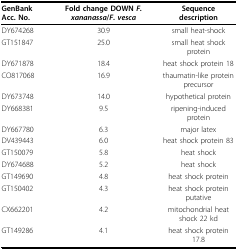
<table><thead><tr><td><b>GenBank Acc. No.</b></td><td><b>Fold change DOWN <i>F. xananassa</i>/<i>F. vesca</i></b></td><td><b>Sequence description</b></td></tr></thead><tbody><tr><td>DY674268</td><td>30.9</td><td>small heat-shock</td></tr><tr><td>GT151847</td><td>25.0</td><td>small heat shock protein</td></tr><tr><td>DY671878</td><td>18.4</td><td>heat shock protein 18</td></tr><tr><td>CO817068</td><td>16.9</td><td>thaumatin-like protein precursor</td></tr><tr><td>DY673748</td><td>14.0</td><td>hypothetical protein</td></tr><tr><td>DY668381</td><td>9.5</td><td>ripening-induced protein</td></tr><tr><td>DY667780</td><td>6.3</td><td>major latex</td></tr><tr><td>DV439443</td><td>6.0</td><td>heat shock protein 83</td></tr><tr><td>GT150079</td><td>5.8</td><td>heat shock</td></tr><tr><td>DY674688</td><td>5.2</td><td>heat shock</td></tr><tr><td>GT149690</td><td>4.8</td><td>heat shock protein</td></tr><tr><td>GT150402</td><td>4.3</td><td>heat shock protein putative</td></tr><tr><td>CX662201</td><td>4.2</td><td>mitochondrial heat shock 22 kd</td></tr><tr><td>GT149286</td><td>4.1</td><td>heat shock protein 17.8</td></tr></tbody></table>